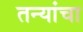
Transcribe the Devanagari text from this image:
तन्यांचा